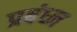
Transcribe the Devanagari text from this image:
प्रबंध्न